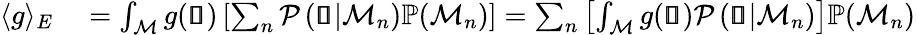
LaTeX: \begin{array}{rl}{\langle g\rangle_{E}}&{{}=\int_{\mathcal{M}}g(\pmb{\mathscr{s}})\left[\sum_{n}\mathcal{P}\left(\pmb{\mathscr{s}}|\mathcal{M}_{n}\right)\mathbb{P}(\mathcal{M}_{n})\right]=\sum_{n}\left[\int_{\mathcal{M}}g(\pmb{\mathscr{s}})\mathcal{P}\left(\pmb{\mathscr{s}}|\mathcal{M}_{n}\right)\right]\mathbb{P}(\mathcal{M}_{n})}\end{array}